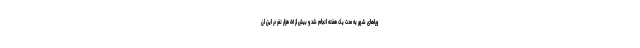
وراهای شهر به مدت یک هفته انجام شد و بیش از ۵۱ هزار نفر در این ان